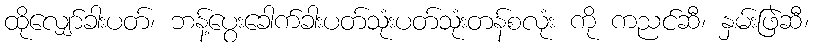
ထိုလျှော်ခါးပတ်၊ ဘန့်ပွေးခေါက်ခါးပတ်သုံးပတ်သုံးတန်စလုံး ကို ကညင်ဆီ၊ နှမ်းဖြဲဆီ၊